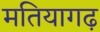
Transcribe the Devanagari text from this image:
मतियागढ़